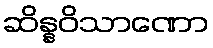
ဆိန္နဝိသာဏော